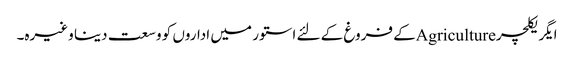
ایگریکلچرAgricultureکے فروغ کے لئے استور میں اداروں کو وسعت دینا وغیرہ۔